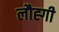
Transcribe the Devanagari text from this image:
लौह्गी